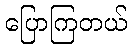
ပြောကြတယ်